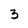
Character: 3